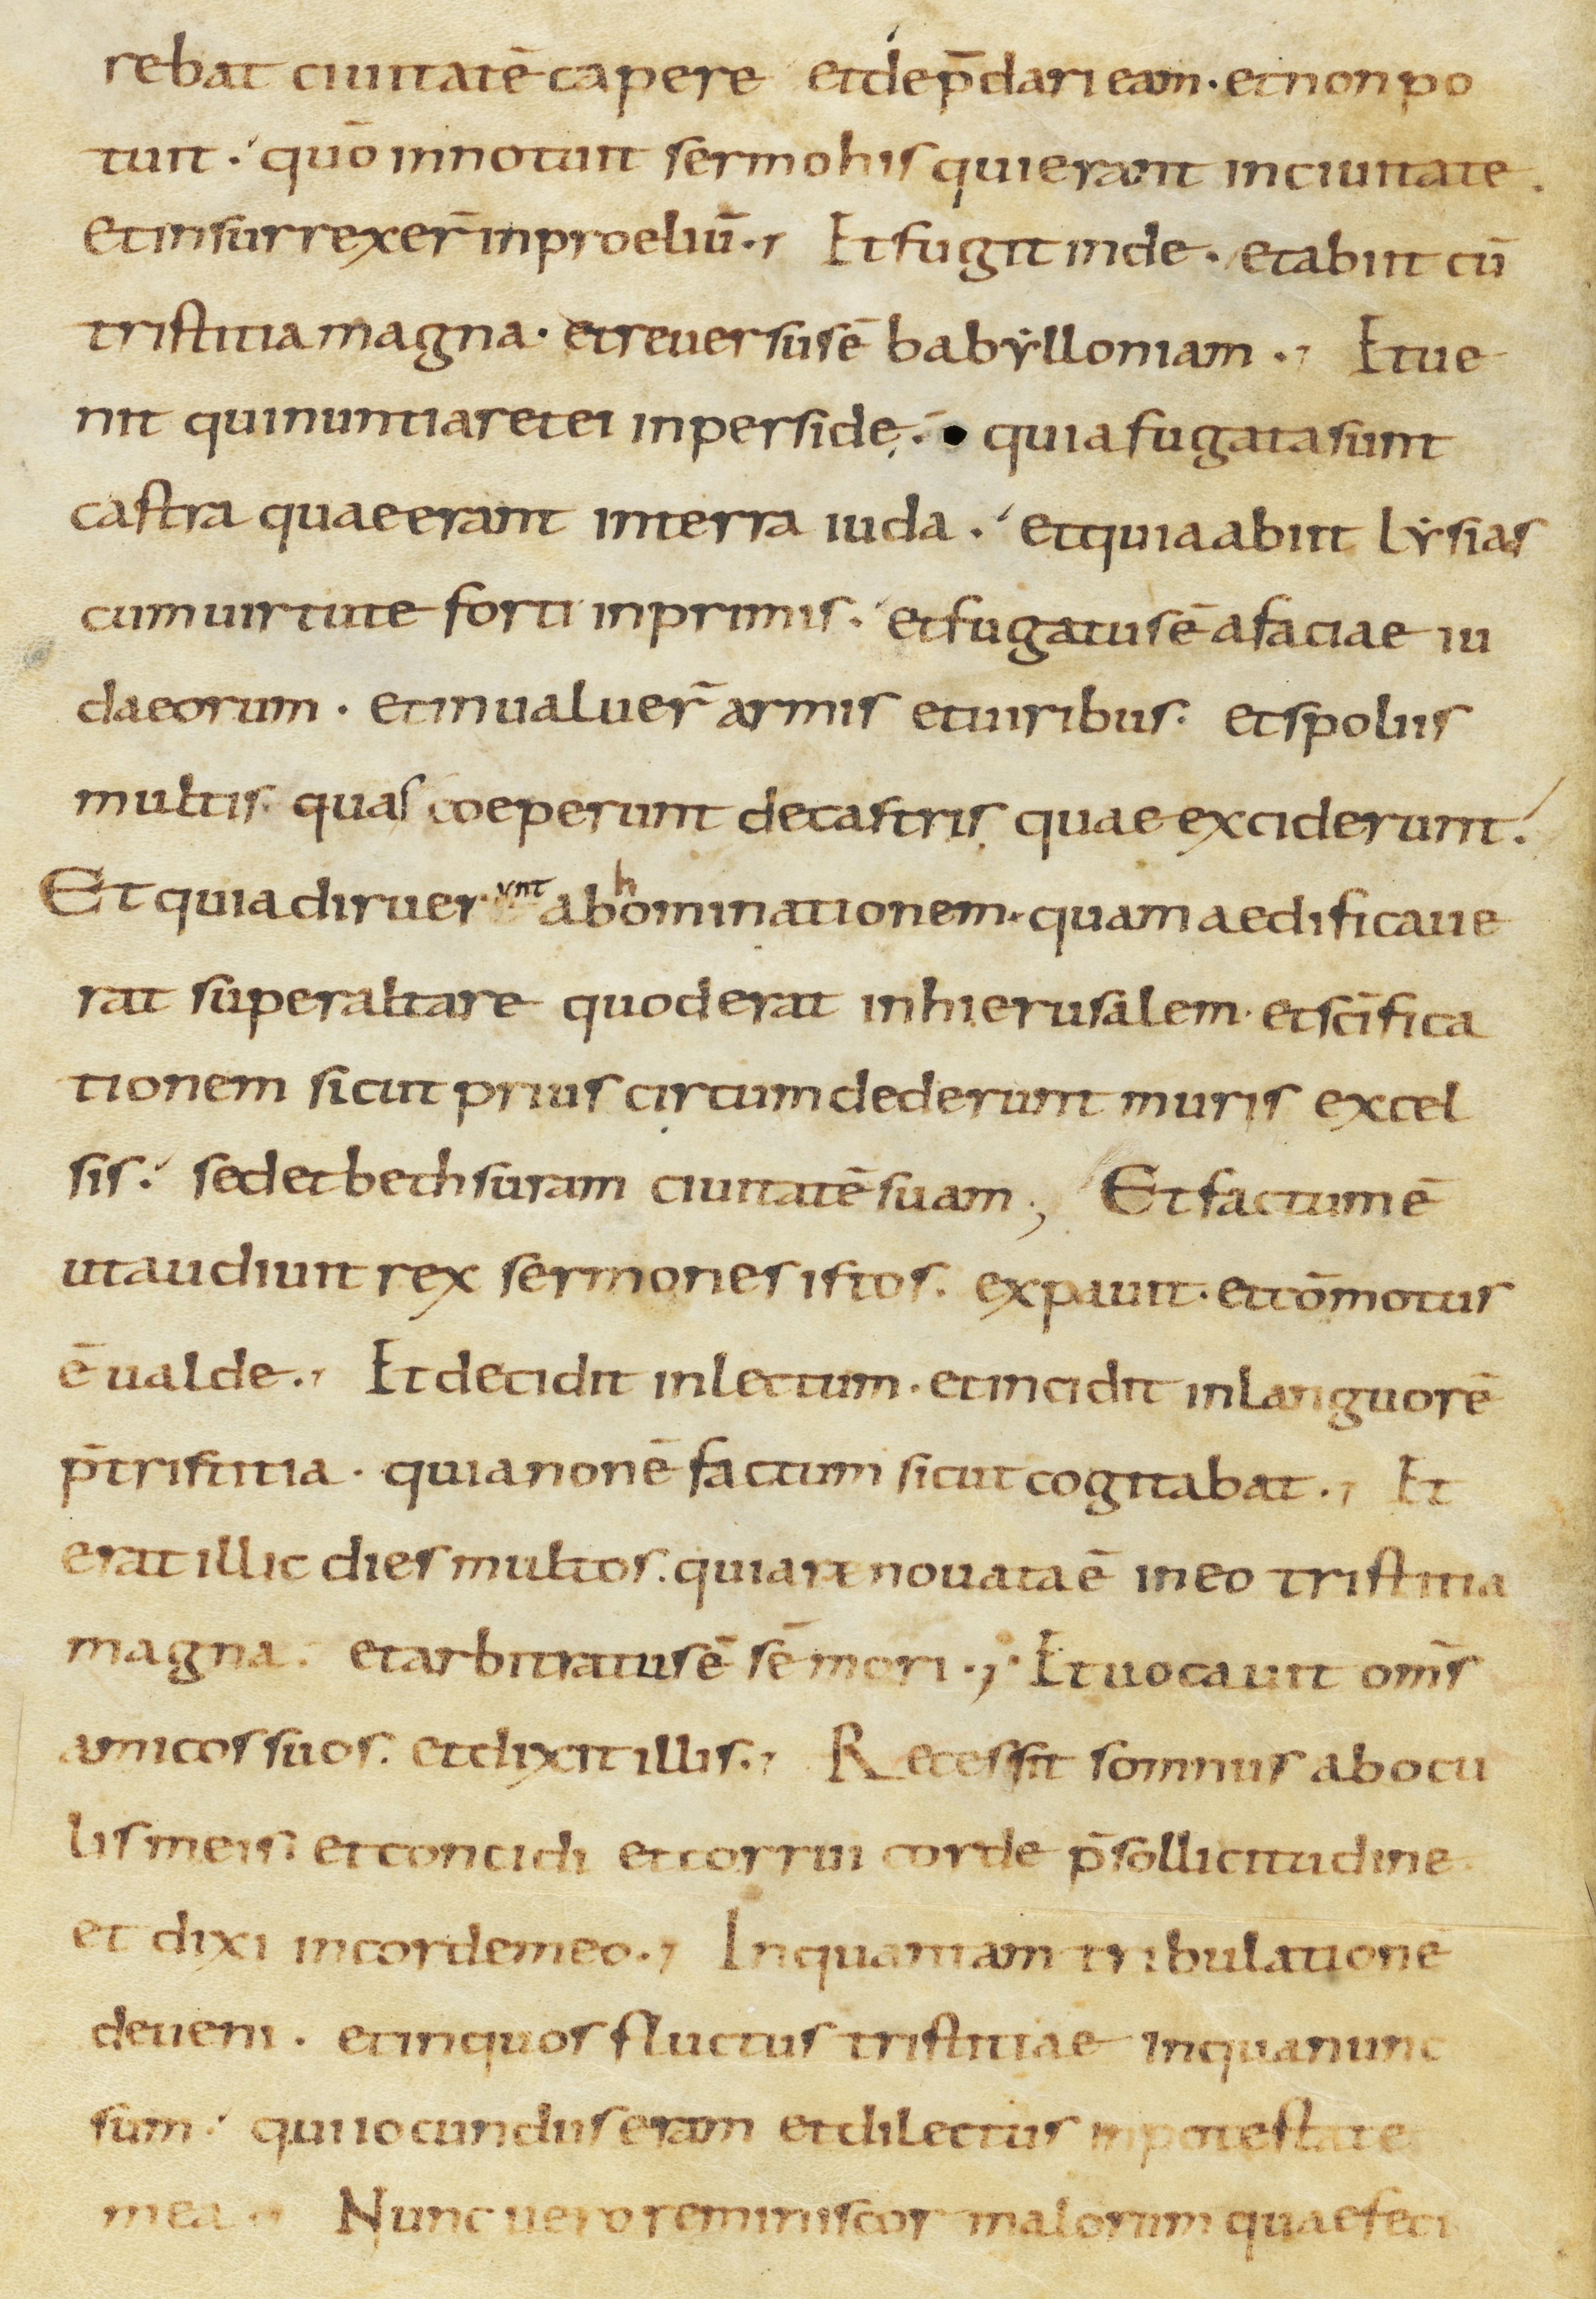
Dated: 800–899